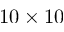
1 0 \times 1 0